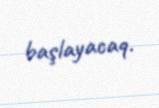
başlayacaq.